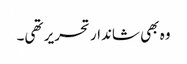
وہ بھی شاندار تحریر تھی۔